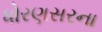
ધોરણસરના